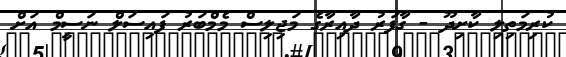
ކުރިމަތިލި ކާށިދޫ - ގާފަރު ދާއިރާގެ މަޖިލިސް މެމްބަރު ފައިސަލް ނަސީމް އަށް